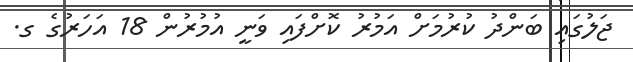
ޖަލުގައި ބަންދު ކުރުމަށް އަމުރު ކޮށްފައި ވަނީ އުމުރުން 18 އަހަރުގެ ގ.